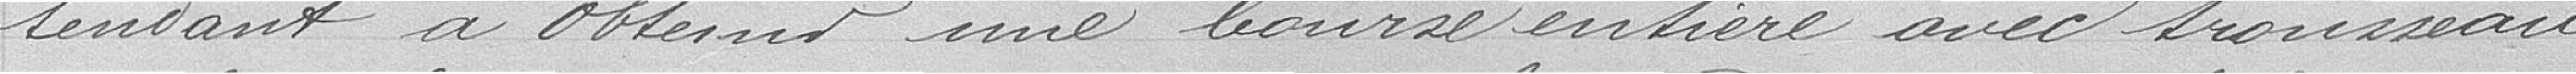
tendant à obtenir une bourse entière avec trousseau